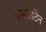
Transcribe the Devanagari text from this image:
एस्टाटिन